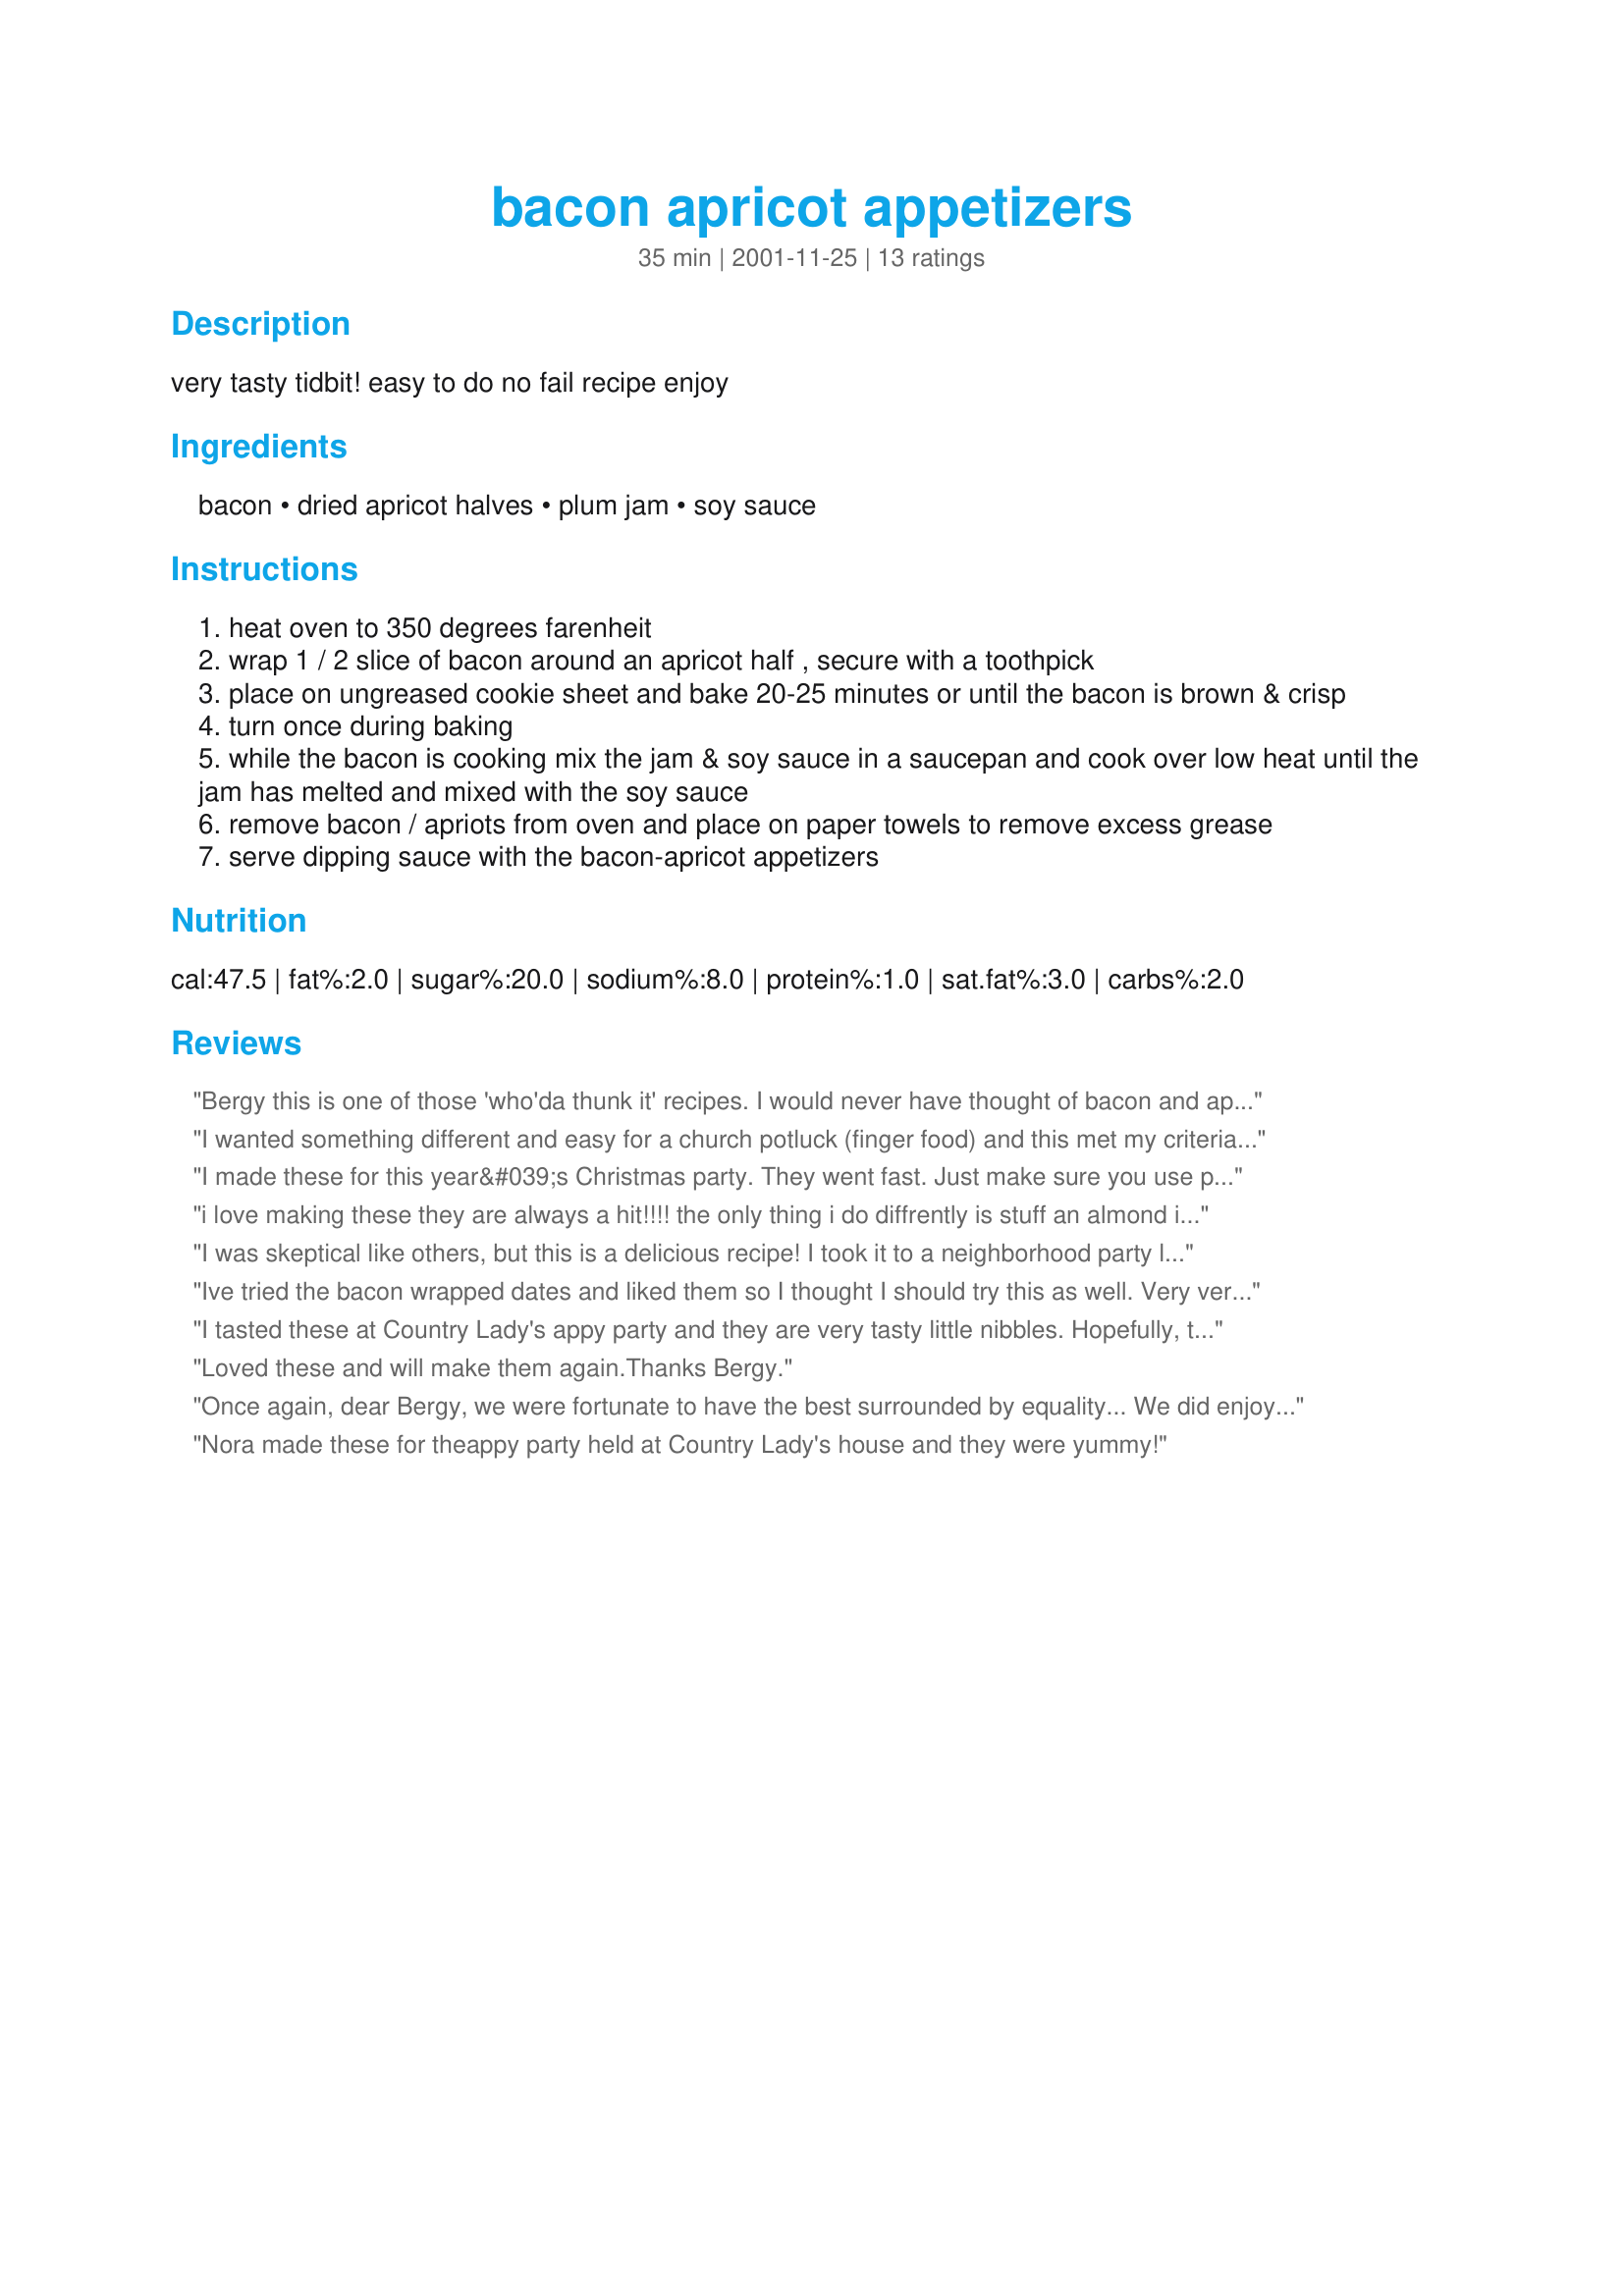
bacon apricot appetizers
Preparation time: 35 minutes

very tasty tidbit! easy to do no fail recipe enjoy

Ingredients:
bacon, dried apricot halves, plum jam, soy sauce

Steps:
heat oven to 350 degrees farenheit
wrap 1 / 2 slice of bacon around an apricot half , secure with a toothpick
place on ungreased cookie sheet and bake 20-25 minutes or until the bacon is brown & crisp
turn once during baking
while the bacon is cooking mix the jam & soy sauce in a saucepan and cook over low heat until the jam has melted and mixed with the soy sauce
remove bacon / apriots from oven and place on paper towels to remove excess grease
serve dipping sauce with the bacon-apricot appetizers

Reviews:
Bergy this is one of those 'who'da thunk it' recipes. I would never have thought of bacon and apricots but I'm definately a believer now! I had the pleasure of these little bites at an Appy party this weekend. I will definately be making these..... perhaps when I don't have to share ;) Thanks as well to Nora who had more vision than I would have.
I wanted something different and easy for a church potluck (finger food) and this met my criteria. This was a huge hit! The only thing I did a little differently was I stuck them under the broiler for a few minutes to crisp the bacon. Excellent! A real keeper!
I made these for this year&#039;s Christmas party. They went fast. Just make sure you use plum jam not preserves. I couldn&#039;t find plum jam and thought the preserves should work--right? Well, it tasted great, but was way too thick. Had to go back out shopping and get the right stuff.
i love making these they are always a hit!!!! the only thing i do diffrently is stuff an almond in the middle of the apricot they add a nice little crunch!
I was skeptical like others, but this is a delicious recipe! I took it to a neighborhood party last weekend and it was so popular, I'm taking it to a Haloween party this weekend. I followed the instructions just as given. Thanks, Bergy!
Ive tried the bacon wrapped dates and liked them so I thought I should try this as well. Very very good. So easy to make and think that the dates and apricots will go nicely together on an appie plate. I baked them on a baking tray lined with parchment paper (less mess to clean up) Mine baked in 20 minutes. I had some plum jam that was chunky so I used a stick blender to make it a bit smoother. Right after making the sauce I found the soy sauce strong but the next day it mellowed alot. Thanks for sharing this recipe, one I will be making again. Made for "This little piggy went to market challenge in the cooking photo forum.
I tasted these at Country Lady's appy party and they are very tasty little nibbles. Hopefully, they are just as good with chicken bacon as that is usually what I have in the fridge!
Loved these and will make them again.Thanks Bergy.
Once again, dear Bergy, we were fortunate to have the best surrounded by equality... We did enjoy the appy soiree with its variety of tidbits... Heavy on the Tid, and shy on the Bits.... As you can see, the photos give excess a whole new meaning. The only "bit" about your recipe was when I "bit" into the delicious combination of bacon wrapped apricot carefully dipped into the soy sauce. Thanks again, Bergy for your contribution to the Ontario Appy party... carefully prepared and contributed by Nora
Nora made these for theappy party held at Country Lady's house and they were yummy!
I made this with fresh apricots. It was good. It will be better with dried as the flavor will be more concentrated.
I also got to enjoy these at the Appy party, and have to agree with all the other reviews, I thought it sounded like an odd combo, but hey, it really works, THanks Bergy for a great recipe and thanks to Nora for making it
I wasn't sure that I would find this recipe here?! I had these at a friend's house a while ago and just loved them! If you're skeptical.....just believe what you read in the reviews and go for it! These little morsels are amazing!
